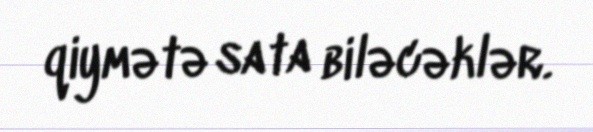
qiymətə sata biləcəklər.